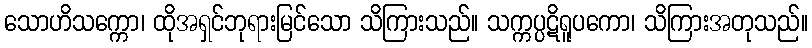
သောဟိသက္ကော၊ ထိုအရှင်ဘုရားမြင်သော သိကြားသည်။ သက္ကပ္ပဋိရူပကော၊ သိကြားအတုသည်။